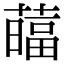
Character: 䕎